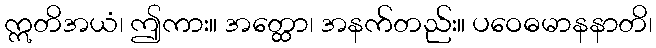
ဣတိအယံ၊ ဤကား။ အတ္ထော၊ အနက်တည်း။ ပဝေဓမာနနာတိ၊